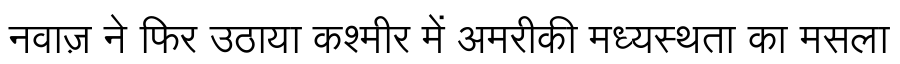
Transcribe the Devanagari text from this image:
नवाज़ ने फिर उठाया कश्मीर में अमरीकी मध्यस्थता का मसला